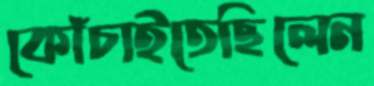
কোঁচাইতেছিলেন